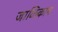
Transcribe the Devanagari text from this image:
जाळिकाम